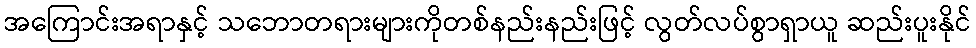
အကြောင်းအရာနှင့် သဘောတရားများကိုတစ်နည်းနည်းဖြင့် လွတ်လပ်စွာရှာယူ ဆည်းပူးနိုင်